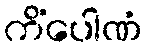
ကိံပေါဏံ